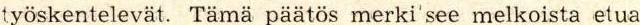
työskentelevät. Tämä päätös merkitsee melkoista etua